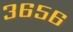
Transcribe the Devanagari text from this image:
३६५६